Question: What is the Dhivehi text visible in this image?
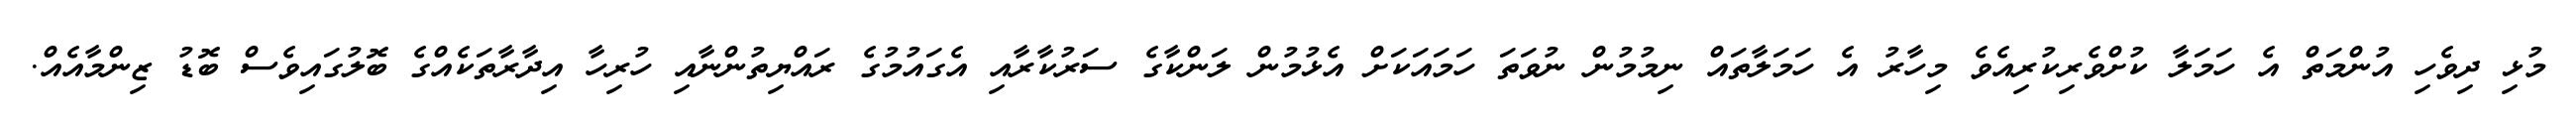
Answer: މުޅި ދިވެހި އުންމަތް އެ ހަމަލާ ކުށްވެރިކުރިއެވެ މިހާރު އެ ހަމަލާތައް ނިމުމުން ނުވަތަ ހަމައަކަށް އެޅުމުން ލަންކާގެ ސަރުކާރާއި އެގައުމުގެ ރައްޔިތުންނާއި ހުރިހާ އިދާރާތަކެއްގެ ބޮލުގައިވެސް ބޮޑު ޒިންމާއެއް.